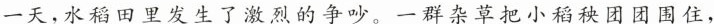
一天，水稻田里发生了激烈的争吵。一群杂草把小稻秧团团围住，